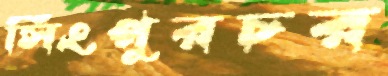
সিংপুরচর